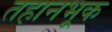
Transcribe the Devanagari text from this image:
तहानभूक